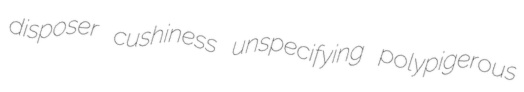
disposer cushiness unspecifying polypigerous